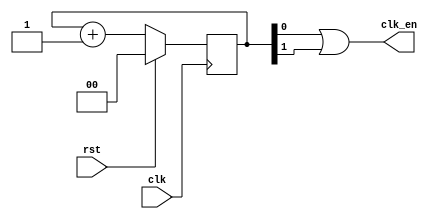
`timescale 1ns / 1ps
//////////////////////////////////////////////////////////////////////////////////
// Company: 
// Engineer: 
// 
// Design Name: 
// Module Name: clk_dim_faster
// Project Name: 
// Target Devices: 
// Tool Versions: 
// Description: 
// 
// Dependencies: 
// 
// Revision:
// Revision 0.01 - File Created
// Additional Comments:
// 
//////////////////////////////////////////////////////////////////////////////////


module clk_dim_faster(input clk, input rst, output clk_en);
    reg [1:0] clk_count;
    always @ (posedge clk)
    // posedge defines a rising edge (transition from 0 to 1)
    begin
        if (rst)
            clk_count <= 0;
        else
            clk_count <= clk_count + 1;
    end
    assign clk_en = clk_count[0] | clk_count[1];
endmodule